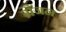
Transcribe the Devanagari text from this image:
ग्रैंजन